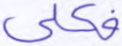
فكلي